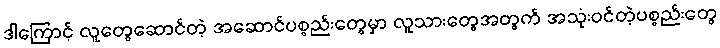
ဒါကြောင့် လူတွေဆောင်တဲ့ အဆောင်ပစ္စည်းတွေမှာ လူသားတွေအတွက် အသုံးဝင်တဲ့ပစ္စည်းတွေ